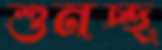
শুনচ্ছ